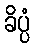
ခိပ္ပံ